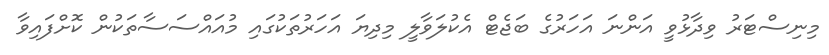
މިނިސްޓަރު ވިދާޅުވީ އަންނަ އަހަރުގެ ބަޖެޓް އެކުލަވާލީ މިދިޔަ އަހަރުތަކުގައި މުއައްސަސާތަކުން ކޮށްފައިވާ